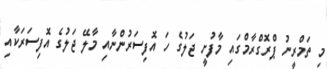
މި ތަމްރީނު ޕްރޮގްރާމްގައި މާފުށީ ޖަލުގެ ހަ އޮފިސަރުންނާއި މާލޭ ޖަލުގެ އޮފިސަރަކާއި